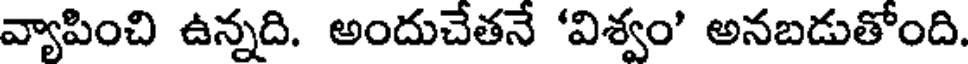
వ్యాపించి ఉన్నది. అందుచేతనే 'విశ్వం' అనబడుతోంది.